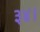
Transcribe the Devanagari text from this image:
३४।